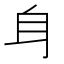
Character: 𨈑